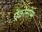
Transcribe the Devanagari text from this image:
ऐक्रोसोम